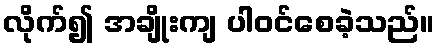
လိုက်၍ အချိုးကျ ပါဝင်စေခဲ့သည်။